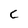
Character: c